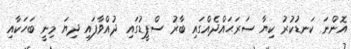
އޮންނަ ކަނޑުކުރު ކިޔާ ސަރަޙައްދެއްގައި ބާރު ސްޕީޑުގައި ދުއްވާފައި ދިޔަ މިނީ ބަހަކާއި